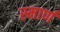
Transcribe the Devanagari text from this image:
स्मार्ण